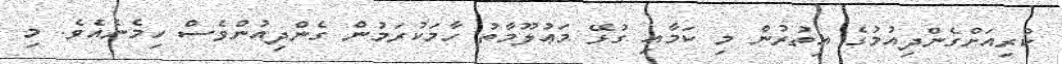
ކުރިއަށްގެންދިއުމުގެ އިތުރުން މި ކަމާއި ގުޅޭ މަޢުލޫމާތު ހާމަކުރަމުން ގެންދިއުންވެސް ހިމެނެއެވެ. މި